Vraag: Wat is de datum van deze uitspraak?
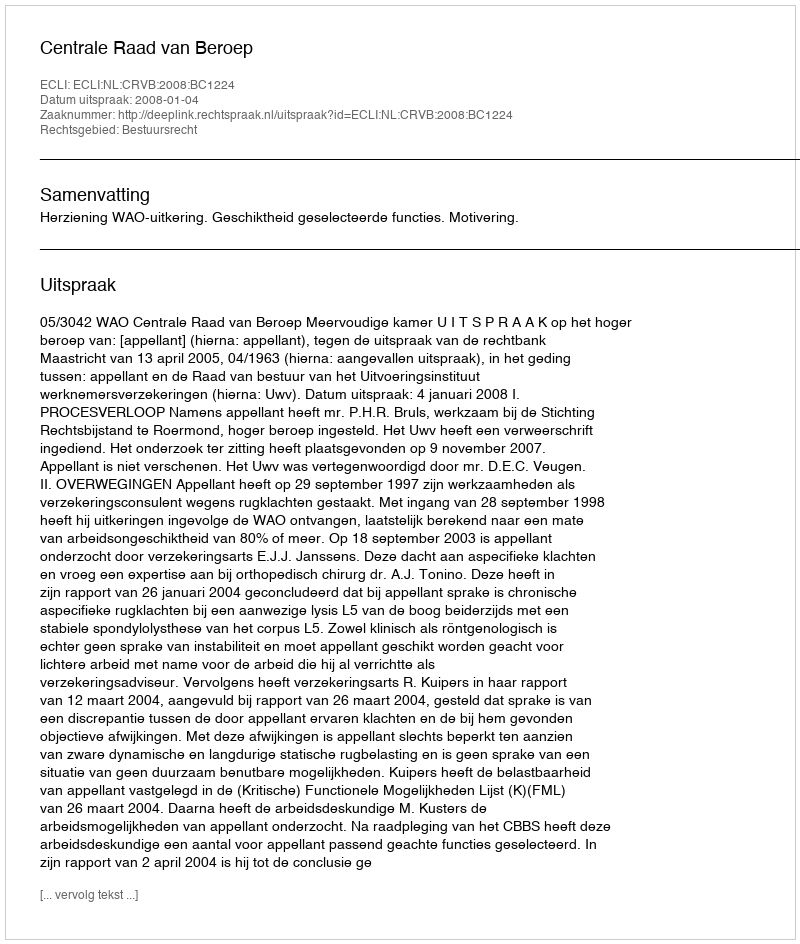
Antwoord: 2008-01-04